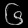
Digit: ၆